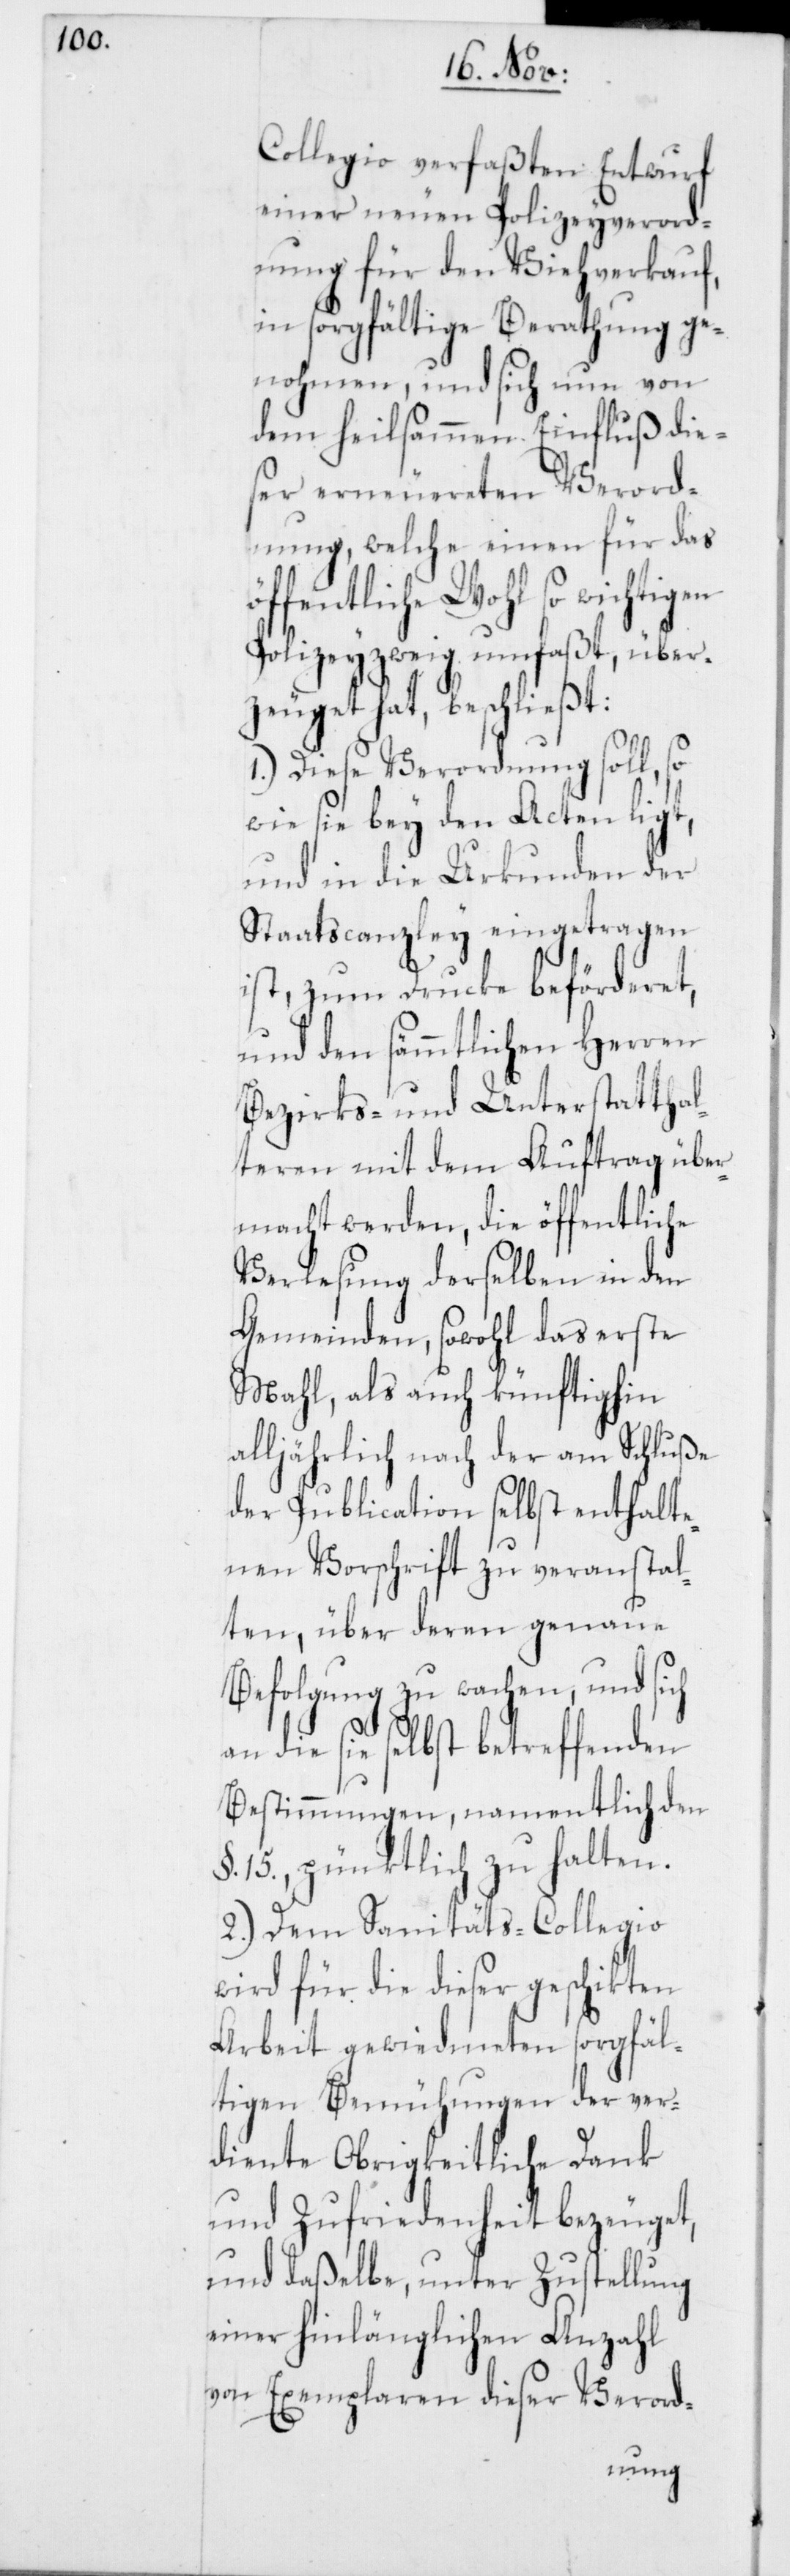
Collegio verfaßten Entwurf
einer neuen Polizeyverord¬
nung für den Viehverkauf,
in sorgfältige Berathung ge¬
nohmen, und sich nun von
dem heilsammen Einfluß die¬
ser erneuereten Verord¬
nung, welche einen für das
öffentliche Wohl so wichtigen
Polizeyzweig umfaßt, über¬
zeuget hat, beschließt:
1.) Diese Verordnung soll, so
wie sie bey den Acten ligt,
und in die Urkunden der
Staatscanzley eingetragen
ist, zum Drucke beförderet,
und den sämmtlichen Herren
Bezirks- und Unterstatthal¬
teren mit dem Auftrag über¬
macht werden, die öffentliche
Verlesung derselben in den
Gemeinden, sowohl das erste
Mahl, als auch künftighin
alljährlich nach der am Schluße
der Publication selbst enthalte¬
nen Vorschrift zu veranstal¬
ten, über deren genaue
Befolgung zu wachen, und sich
an die sie selbst betreffenden
Bestimmungen, namentlich den
15., pünktlich zu halten.
2.) Dem Sanitäts-Collegio
wird für die dieser geschikten
Arbeit gewiedmeten sorgfäl¬
tigen Bemühungen der ver¬
diente Obrigkeitliche Dank
und Zufriedenheit bezeuget,
und daßelbe, unter Zustellung
einer hinlänglichen Anzahl
von Exemplaren dieser Verord-